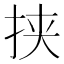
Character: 挟